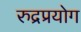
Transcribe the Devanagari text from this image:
रुद्रप्रयोग